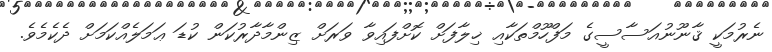
ނެރުމަކީ ޤާނޫނުއަސާސީގެ މަފްހޫމްތަކާއި ޚިލާފަށް ކޮށްފައިވާ ވަރަށް ޒިންމާދާރުކަން ކުޑަ ޢަމަލެއްކަމަށް ދެކެމެވެ.